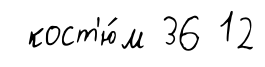
кост'ю́м 36 12